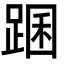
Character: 䠅